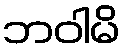
ဘဝါမိ